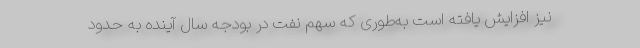
نیز افزایش یافته است به‌طوری که سهم نفت در بودجه سال آینده به حدود